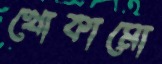
খোকামো